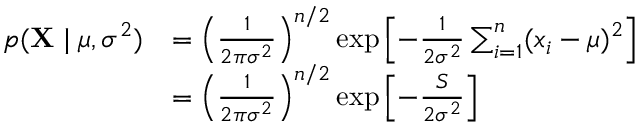
{ \begin{array} { r l } { p ( \mathbf { X } \mid \mu , \sigma ^ { 2 } ) } & { = \left( { \frac { 1 } { 2 \pi \sigma ^ { 2 } } } \right) ^ { n / 2 } \exp \left[ - { \frac { 1 } { 2 \sigma ^ { 2 } } } \sum _ { i = 1 } ^ { n } ( x _ { i } - \mu ) ^ { 2 } \right] } \\ & { = \left( { \frac { 1 } { 2 \pi \sigma ^ { 2 } } } \right) ^ { n / 2 } \exp \left[ - { \frac { S } { 2 \sigma ^ { 2 } } } \right] } \end{array} }